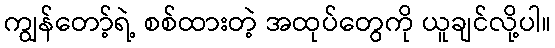
ကျွန်တော့်ရဲ့ စစ်ထားတဲ့ အထုပ်တွေကို ယူချင်လို့ပါ။